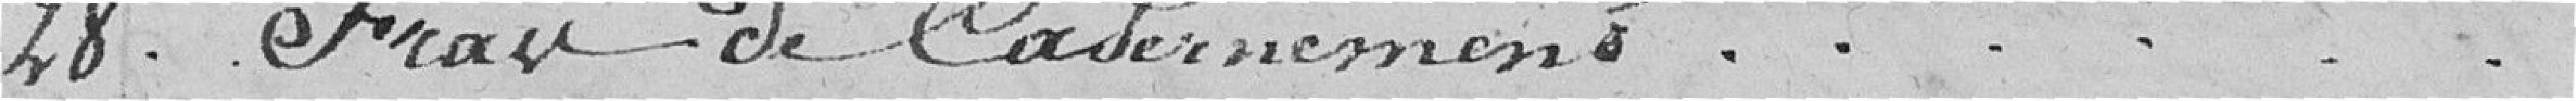
28. Frais de Cadernement